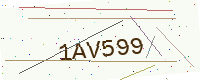
Text: 1AV599